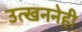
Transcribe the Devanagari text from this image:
उत्खननेही